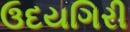
ઉદયગિરી